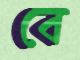
বে